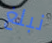
نبلغ